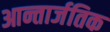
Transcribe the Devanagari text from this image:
आन्तार्जतिक